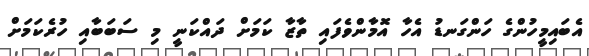
އެބައިމީހުންގެ ހަންގަނޑު އެހާ އޮމާންވެފައި ތާޒާ ކަމަށް ދައްކަނީ މި ސަބަބާއި ހުރެކަމަށް